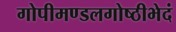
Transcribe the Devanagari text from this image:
गोपीमण्डलगोष्ठीभेदं